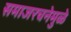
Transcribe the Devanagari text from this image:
समाजरचनेमुळे